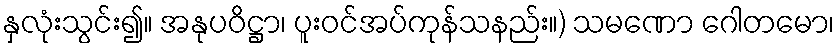
နှလုံးသွင်း၍။ အနုပဝိဋ္ဌာ၊ ပူးဝင်အပ်ကုန်သနည်း။) သမဏော ဂေါတမော၊